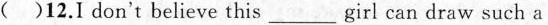
( )12.I don't believe this___girl can draw such a